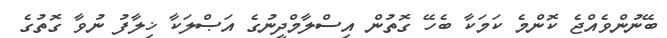
ބޭނުންވެއްޖެ ކޮންމެ ކަމަކާ ބެހޭ ގޮތުން އިސްލާމްދީނުގެ އަޞްލަކާ ޚިލާފު ނުވާ ގޮތުގެ